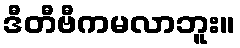
ဒီတီဗီကမလာဘူး။